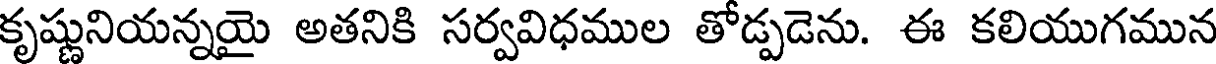
కృష్ణునియన్నయై అతనికి సర్వవిధముల తోడ్పడెను. ఈ కలియుగమున